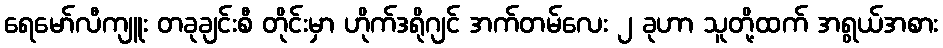
ရေမော်လီကျူး တခုချင်းစီ တိုင်းမှာ ဟိုက်ဒရိုဂျင် အက်တမ်လေး ၂ ခုဟာ သူတို့ထက် အရွယ်အစား